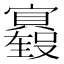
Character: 𫴢